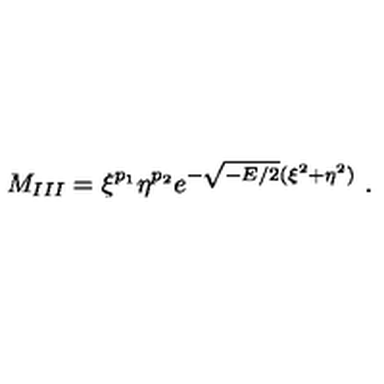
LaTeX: M _ { I I I } = \xi ^ { p _ { 1 } } \eta ^ { p _ { 2 } } e ^ { - \sqrt { - E / 2 } ( \xi ^ { 2 } + \eta ^ { 2 } ) } \ .